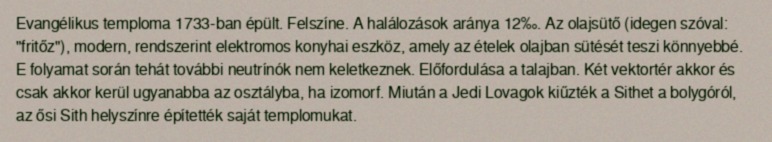
Evangélikus temploma 1733-ban épült. Felszíne. A halálozások aránya 12‰. Az olajsütő (idegen szóval: "fritőz"), modern, rendszerint elektromos konyhai eszköz, amely az ételek olajban sütését teszi könnyebbé. E folyamat során tehát további neutrínók nem keletkeznek. Előfordulása a talajban. Két vektortér akkor és csak akkor kerül ugyanabba az osztályba, ha izomorf. Miután a Jedi Lovagok kiűzték a Sithet a bolygóról, az ősi Sith helyszínre építették saját templomukat.